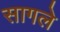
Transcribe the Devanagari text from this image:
सागले